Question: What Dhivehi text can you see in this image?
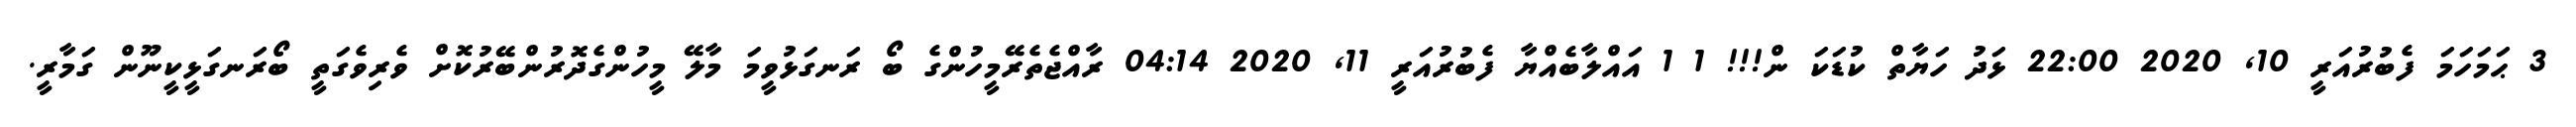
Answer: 3 ޙަމަހަމަ ފެބުރުއަރީ 10, 2020 22:00 ޅަދު ހަޔާތް ކުޑަކަ ން!!! 1 1 އައްލާބެއްޔާ ފެބުރުއަރީ 11, 2020 04:14 ރާއްޖެތެރޭމީހުންގެ ބޯ ރަނގަޅުވީމަ މާލޭ މީހުންގެދޮރުންބޭރުކޮށް ވެރިވެގަތީ ބޯރަނގަޅީކީނޫން ގަމާރީ.